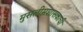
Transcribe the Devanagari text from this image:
मुसलीमशासकाची